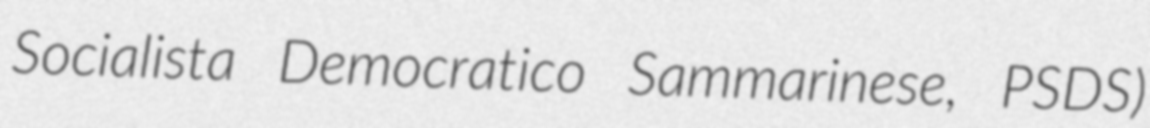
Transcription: Socialista Democratico Sammarinese, PSDS)